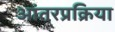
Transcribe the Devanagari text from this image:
आंतरप्रक्रिया